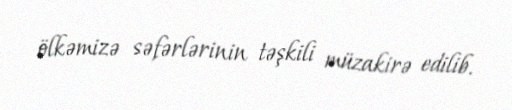
ölkəmizə səfərlərinin təşkili müzakirə edilib.